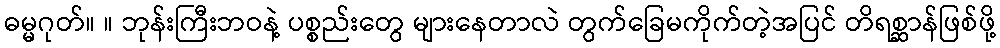
ဓမ္မဂုတ်။ ။ ဘုန်းကြီးဘဝနဲ့ ပစ္စည်းတွေ များနေတာလဲ တွက်ခြေမကိုက်တဲ့အပြင် တိရစ္ဆာန်ဖြစ်ဖို့